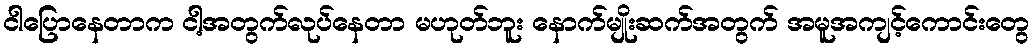
ငါပြောနေတာက ငါ့အတွက်လုပ်နေတာ မဟုတ်ဘူး နောက်မျိုးဆက်အတွက် အမူအကျင့်ကောင်းတွေ